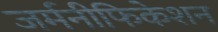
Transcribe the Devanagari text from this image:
जर्मनीफिकेशन